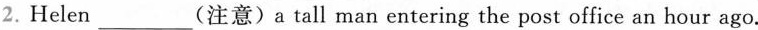
2. Helen___(注意) a tall man entering the post office an hour ago.